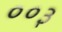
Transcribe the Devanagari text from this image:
००३